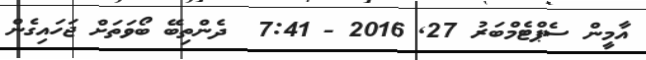
އާމީން ސެޕްޓެމްބަރު 27